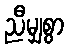
ညီမျှစွာ